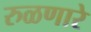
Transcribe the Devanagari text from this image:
रुळणारे